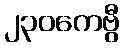
၂၃၀ကေဗွီ